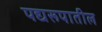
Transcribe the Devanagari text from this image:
पद्यरूपातील